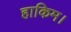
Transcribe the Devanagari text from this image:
हाकिम।